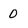
Character: 0